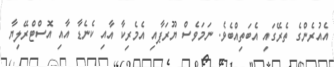
އެއުރެންގެ ތެރޭގައި އެބަތިއްބެވެ. ނަމަވެސް ޔޫރަޕާއި އެމެރިކާ އާއި ކެނެޑާ އާއި އޮސްޓްރޭލިޔާ